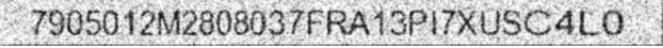
7905012M2808037FRA13PI7XUSC4L0